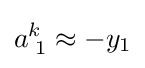
a_{\;1}^{k}\approx -y_{1}